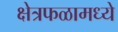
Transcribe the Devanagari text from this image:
क्षेत्रफळामध्ये